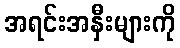
အရင်းအနှီးများကို